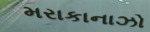
મરાકાનાઝો